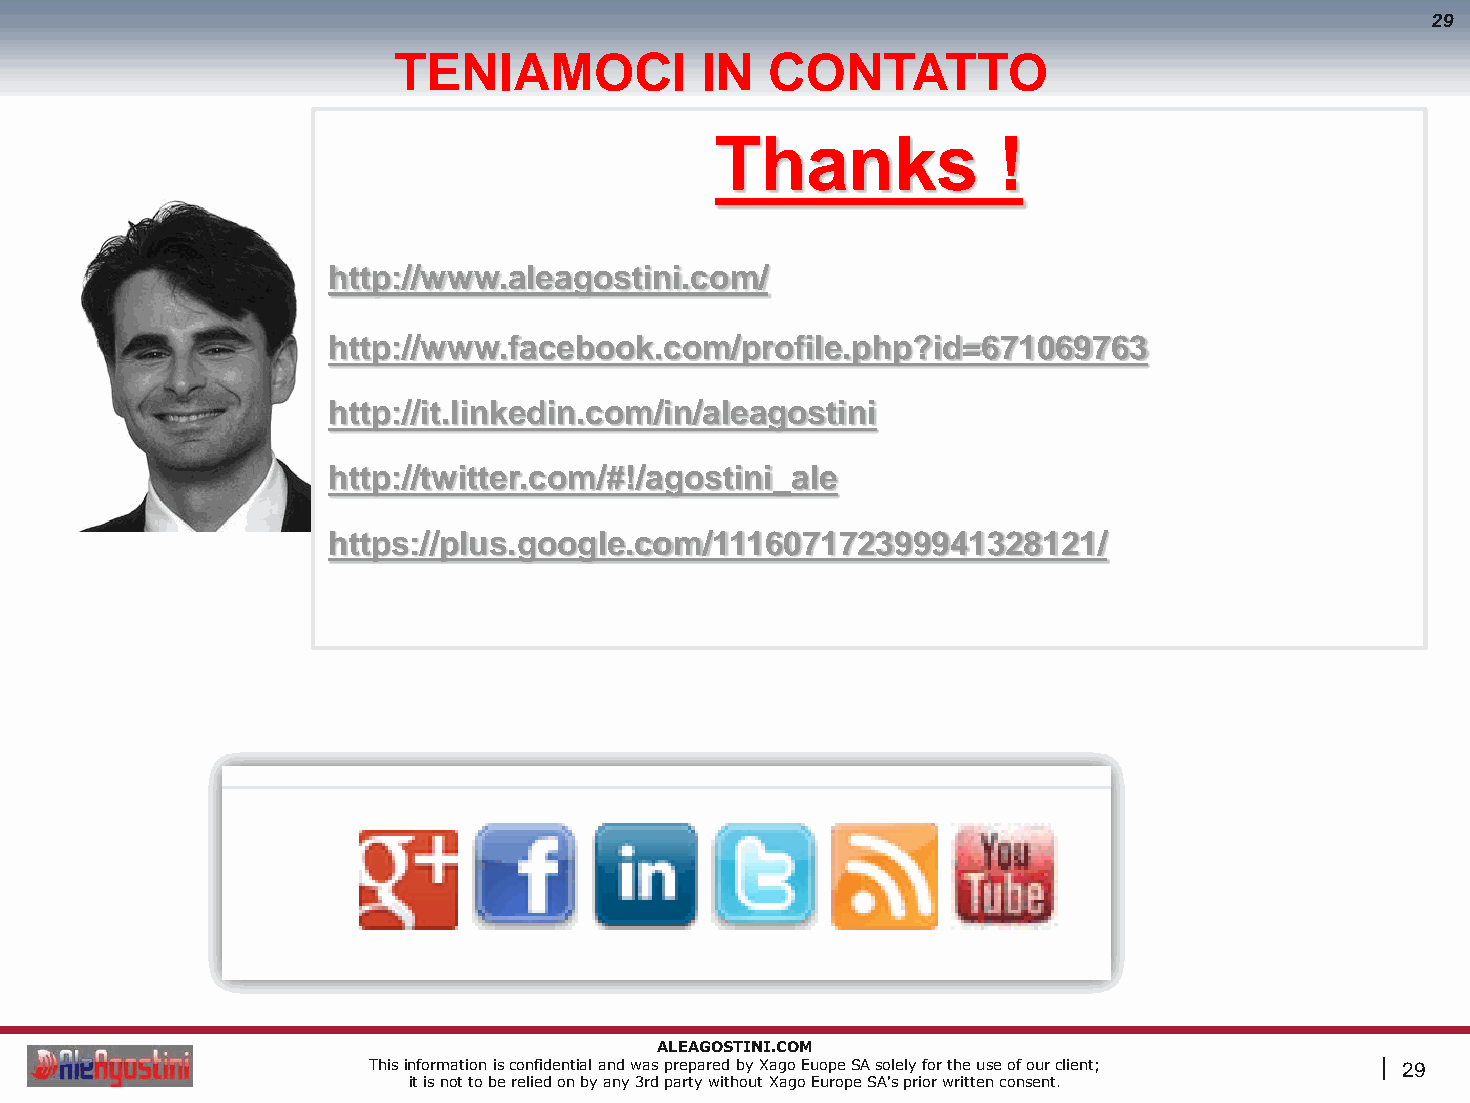
29
 TENIAMOCI           IN   CONTATTO
 Thanks             !
 http://www.aleagostini.com/
 http://www.facebook.com/profile.php?id=671069763
 http://it.linkedin.com/in/aleagostini
 http://twitter.com/#!/agostini_ale
 https://plus.google.com/111607172399941328121/
 ALEAGOSTINI.COM
 This information is confidential and was prepared by Xago Euope SA solely for the use of our client; | 29
 it is not to be relied on by any 3rd party without Xago Europe SA's prior written consent.